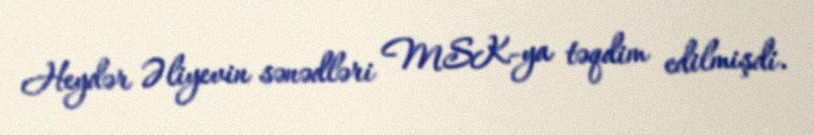
Heydər Əliyevin sənədləri MSK-ya təqdim edilmişdi.